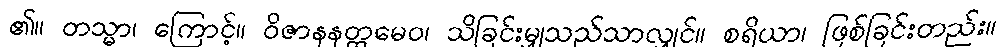
၏။ တသ္မာ၊ ကြောင့်။ ဝိဇာနနတ္ထမေဝ၊ သိခြင်းမျှသည်သာလျှင်။ စရိယာ၊ ဖြစ်ခြင်းတည်း။